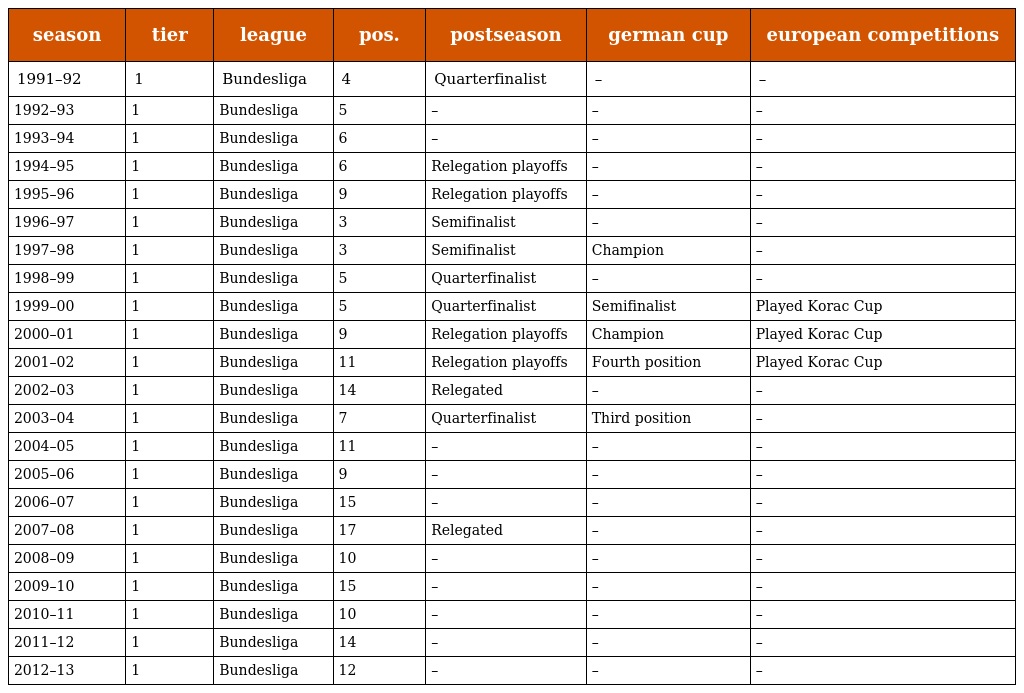
| season | tier | league | pos. | postseason | german cup | european competitions |
 | --- | --- | --- | --- | --- | --- | --- |
 | 1991–92 | 1 | Bundesliga | 4 | Quarterfinalist | – | – |
 | 1992–93 | 1 | Bundesliga | 5 | – | – | – |
 | 1993–94 | 1 | Bundesliga | 6 | – | – | – |
 | 1994–95 | 1 | Bundesliga | 6 | Relegation playoffs | – | – |
 | 1995–96 | 1 | Bundesliga | 9 | Relegation playoffs | – | – |
 | 1996–97 | 1 | Bundesliga | 3 | Semifinalist | – | – |
 | 1997–98 | 1 | Bundesliga | 3 | Semifinalist | Champion | – |
 | 1998–99 | 1 | Bundesliga | 5 | Quarterfinalist | – | – |
 | 1999–00 | 1 | Bundesliga | 5 | Quarterfinalist | Semifinalist | Played Korac Cup |
 | 2000–01 | 1 | Bundesliga | 9 | Relegation playoffs | Champion | Played Korac Cup |
 | 2001–02 | 1 | Bundesliga | 11 | Relegation playoffs | Fourth position | Played Korac Cup |
 | 2002–03 | 1 | Bundesliga | 14 | Relegated | – | – |
 | 2003–04 | 1 | Bundesliga | 7 | Quarterfinalist | Third position | – |
 | 2004–05 | 1 | Bundesliga | 11 | – | – | – |
 | 2005–06 | 1 | Bundesliga | 9 | – | – | – |
 | 2006–07 | 1 | Bundesliga | 15 | – | – | – |
 | 2007–08 | 1 | Bundesliga | 17 | Relegated | – | – |
 | 2008–09 | 1 | Bundesliga | 10 | – | – | – |
 | 2009–10 | 1 | Bundesliga | 15 | – | – | – |
 | 2010–11 | 1 | Bundesliga | 10 | – | – | – |
 | 2011–12 | 1 | Bundesliga | 14 | – | – | – |
 | 2012–13 | 1 | Bundesliga | 12 | – | – | – |